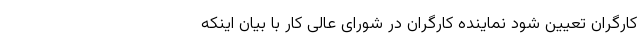
کارگران تعیین شود نماینده کارگران در شورای عالی کار با بیان اینکه